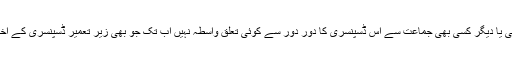
ڈسپنسری انتظامیہ کے سربراہ نے کہا ہے یہ کسی سیاسی مذہبی یا دیگر کسی بھی جماعت سے اس ڈسپنسری کا دور دور سے کوئی تعلق واسطہ نہیں اب تک جو بھی زیر تعمیر ڈسپنسری کے اخراجات کئے گئے ہیں وہ اپنی مدد آپ کے تحت کئے گئے ہیں ۔